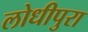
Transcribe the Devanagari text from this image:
लोधीपुरा